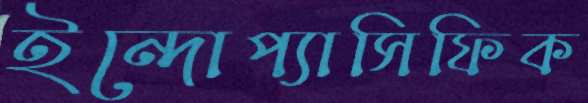
ইন্দোপ্যাসিফিক